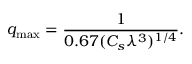
q _ { \operatorname* { m a x } } = { \frac { 1 } { 0 . 6 7 ( C _ { s } \lambda ^ { 3 } ) ^ { 1 / 4 } } } .